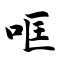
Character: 哐